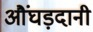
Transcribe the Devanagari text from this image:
औंघड़दानी